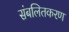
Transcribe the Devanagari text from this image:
संबलितकरण